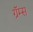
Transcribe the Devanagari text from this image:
ग्रॅम्स